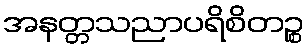
အနတ္တသညာပရိစိတဉ္စ